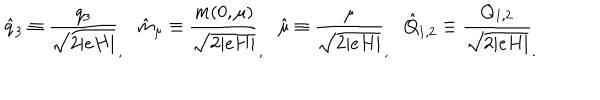
\hat { q } _ { 3 } \equiv \frac { q _ { 3 } } { \sqrt { 2 \vert e H \vert } } _ { , } \hat { m } _ { \mu } \equiv \frac { m ( 0 , \mu ) } { \sqrt { 2 \vert e H \vert } } _ { , } \hat { \mu } \equiv \frac { \mu } { \sqrt { 2 \vert e H \vert } } _ { , } \hat { Q } _ { 1 , 2 } \equiv \frac { Q _ { 1 , 2 } } { \sqrt { 2 \vert e H \vert } } _ { . }